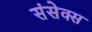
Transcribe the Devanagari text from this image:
संसेक्स